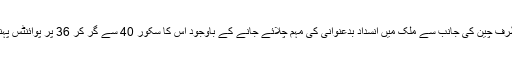
دوسری طرف چین کی جانب سے ملک میں انسداد بدعنوانی کی مہم چلائے جانے کے باوجود اس کا سکور 40 سے گر کر 36 پر پوائنٹس پہنچ گیا ہے۔